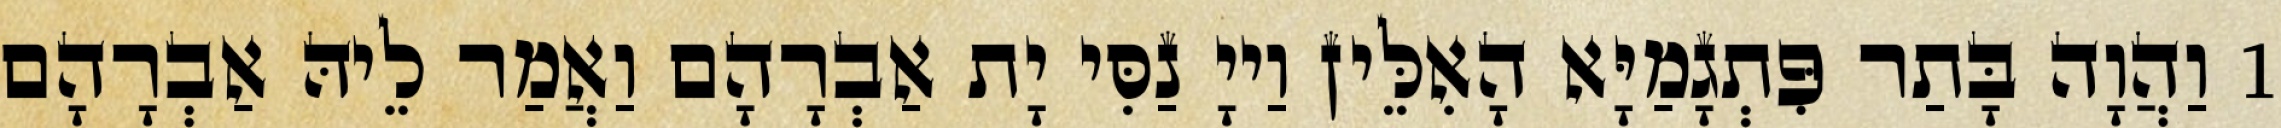
1 וַהֲוָה בָּתַר פִּתְגָמַיָּא הָאִלֵּין וַייָ נַסִּי יָת אַבְרָהָם וַאֲמַר לֵיהּ אַבְרָהָם